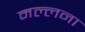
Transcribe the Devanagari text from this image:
मल्लना